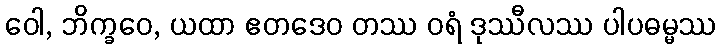
ဝေါ, ဘိက္ခဝေ, ယထာ ဧတဒေဝ တဿ ဝရံ ဒုဿီလဿ ပါပဓမ္မဿ